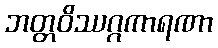
ဘတ္တဝိဿဂ္ဂကာရဏာ